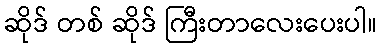
ဆိုဒ် တစ် ဆိုဒ် ကြီးတာလေးပေးပါ။